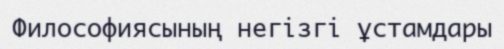
Философиясының негізгі ұстамдары